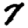
Digit: 7